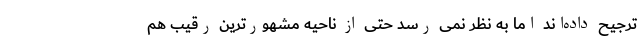
ترجیح داده‌اند اما به نظر نمی رسد حتی از ناحیه مشهورترین رقیب هم